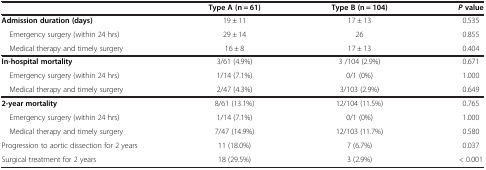
|  | Type A (n = 61) | Type B (n = 104) | P value |
 | --- | --- | --- | --- |
 | Admission duration (days) | 19 ± 11 | 17 ± 13 | 0.535 |
 | Emergency surgery (within 24 hrs) | 29 ± 14 | 26 | 0.855 |
 | Medical therapy and timely surgery | 16 ± 8 | 17 ± 13 | 0.404 |
 | In-hospital mortality | 3/61 (4.9%) | 3 /104 (2.9%) | 0.671 |
 | Emergency surgery (within 24 hrs) | 1/14 (7.1%) | 0/1 (0%) | 1.000 |
 | Medical therapy and timely surgery | 2/47 (4.3%) | 3/103 (2.9%) | 0.649 |
 | 2-year mortality | 8/61 (13.1%) | 12/104 (11.5%) | 0.765 |
 | Emergency surgery (within 24 hrs) | 1/14 (7.1%) | 0/1 (0%) | 1.000 |
 | Medical therapy and timely surgery | 7/47 (14.9%) | 12/103 (11.7%) | 0.580 |
 | Progression to aortic dissection for 2 years | 11 (18.0%) | 7 (6.7%) | 0.037 |
 | Surgical treatment for 2 years | 18 (29.5%) | 3 (2.9%) | < 0.001 |